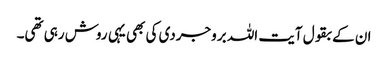
ان کے بقول آیت اللہ بروجردی کی بھی یہی روش رہی تھی۔